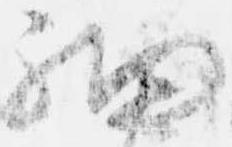
細